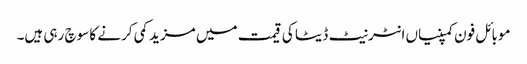
موبائل فون کمپنیاں انٹرنیٹ ڈیٹا کی قیمت میں مزید کمی کرنے کا سوچ رہی ہیں۔